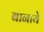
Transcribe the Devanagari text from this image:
बानाये